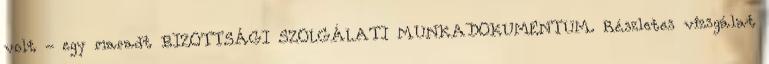
volt - egy maradt BIZOTTSÁGI SZOLGÁLATI MUNKADOKUMENTUM. Részletes vizsgálat